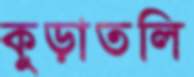
কুড়াতলি